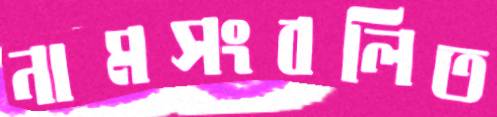
নামসংবলিত